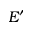
E ^ { \prime }